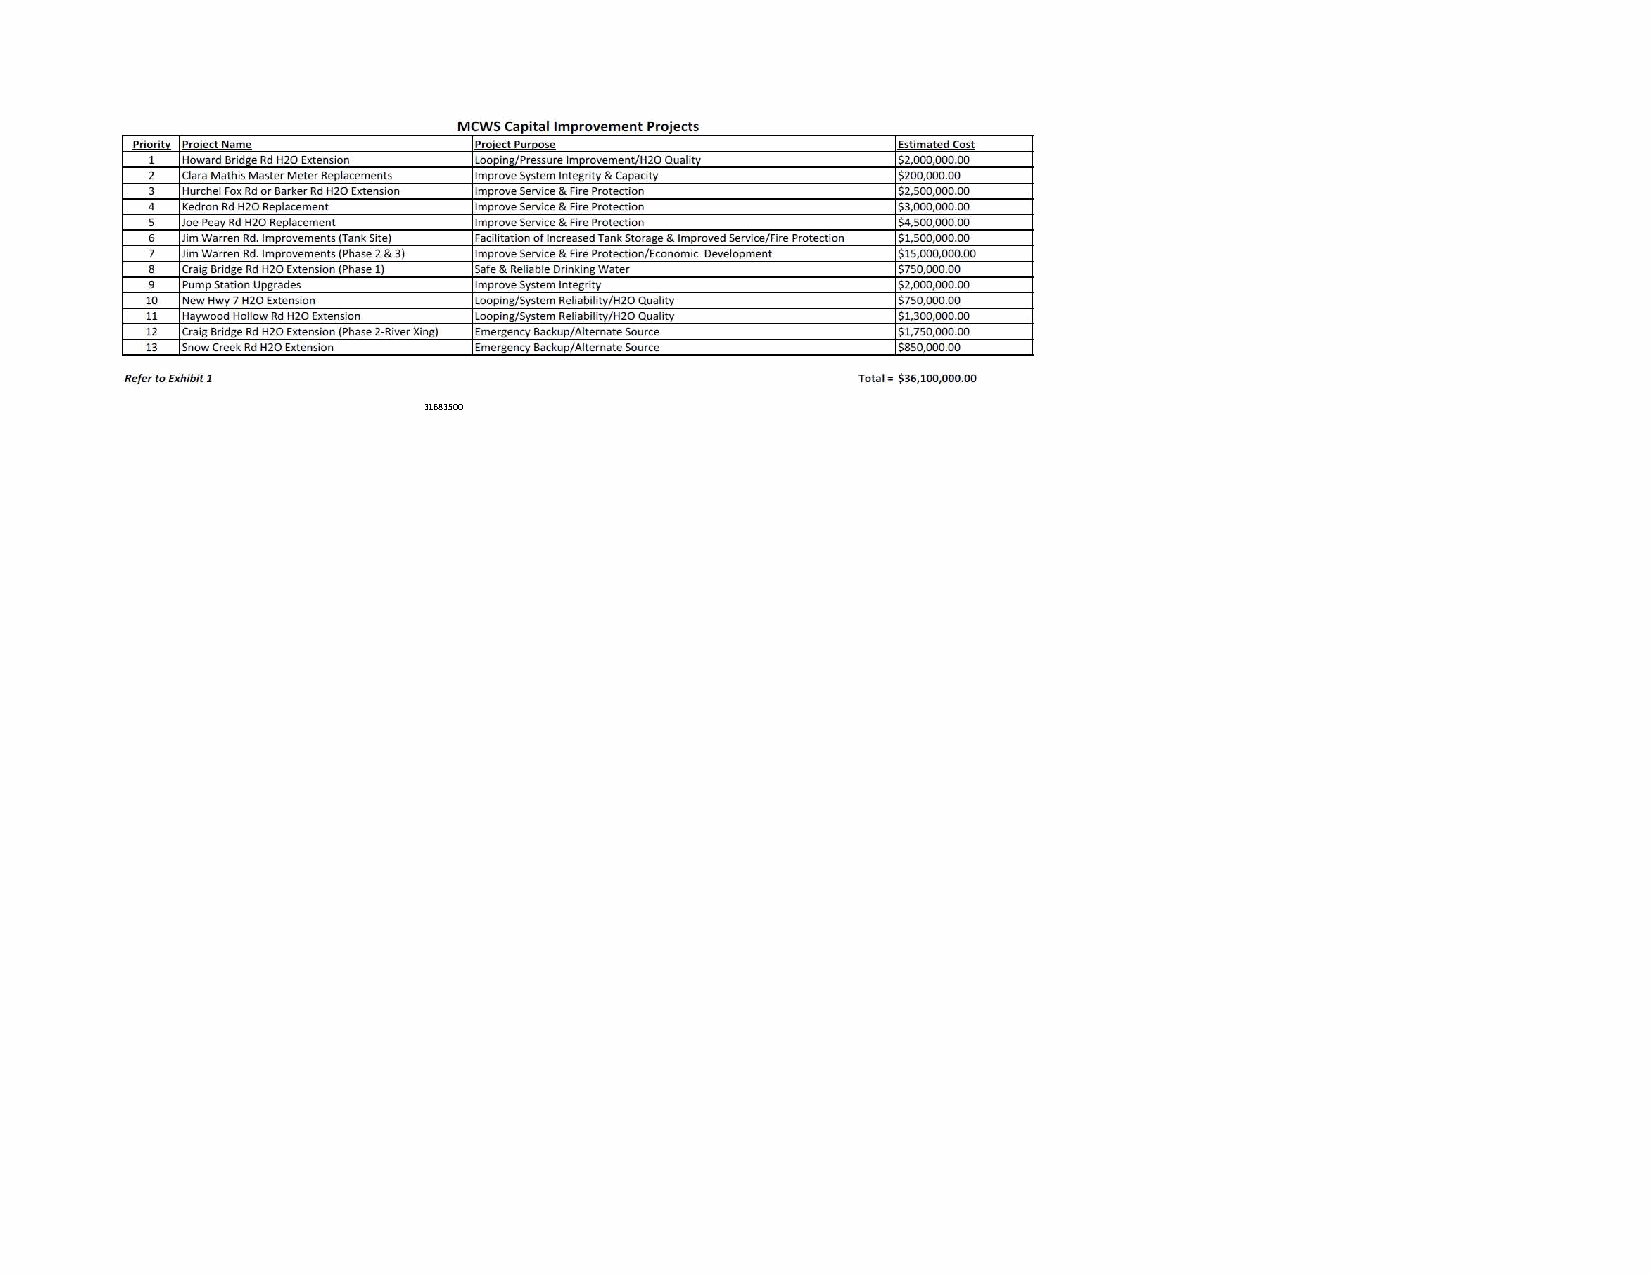
Maury Counretyq uLeibsrtaerdy funding to expand the library by ~ 20k sqft. We had 4000000
 Renovate Ag Extension Area, Move Building Maintenance, build
 Commissionaedrditional building ?
 402000
 Community Center/Yahnali & Culleoka Parks 8500000
 Broadband Internet for new areas
 United ComBmrouandicbaatniodn Isnternet for new areas 18600000
 Maury County Property Assessor 100000
 CASA Improving outdoor Space & Pay for new employees 81500
 31683500